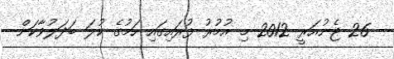
- 26 ޖެނުއަރީ 2012 މި އުމުރު ފުރައިގައި ހަމުގެ ކުލަ ބަދަލުވާކަން